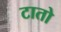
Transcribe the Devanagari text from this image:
टातो